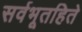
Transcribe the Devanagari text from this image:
सर्वभूतहिते